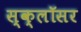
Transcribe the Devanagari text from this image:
स्क्लॉसर